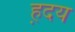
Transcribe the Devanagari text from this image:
ह़दय